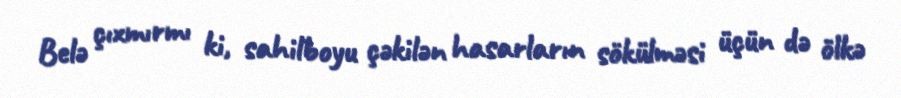
Belə çıxmırmı ki, sahilboyu çəkilən hasarların sökülməsi üçün də ölkə